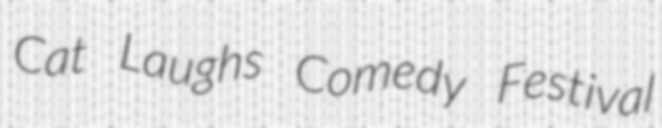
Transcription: Cat Laughs Comedy Festival